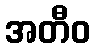
အတီဝ